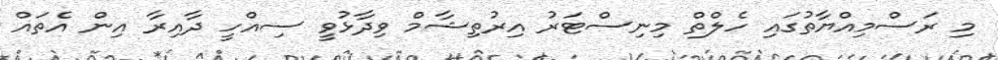
މި ރަސްމިއްޔާތުގައި ހެލްތް މިނިސްޓަރު އިރުތިޝާމް ވިދާޅުވީ ސިއްހީ ދާއިރާ އިން އެތައް